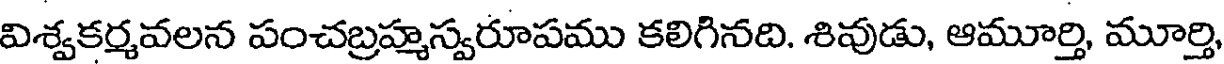
విశ్వకర్మవలన పంచబ్రహ్మస్వరూపము కలిగినది. శివుడు, ఆమూర్తి, మూర్తి